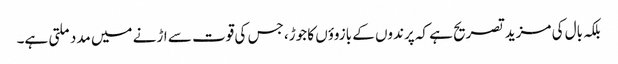
بلکہ بال کی مزید تصریح ہے کہ پرندوں کے بازوؤں کا جوڑ، جس کی قوت سے اڑنے میں مدد ملتی ہے۔